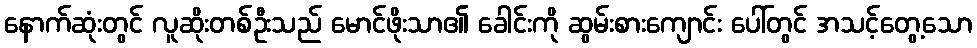
နောက်ဆုံးတွင် လူဆိုးတစ်ဦးသည် မောင်ဖိုးသာ၏ ခေါင်းကို ဆွမ်းစားကျောင်း ပေါ်တွင် အသင့်တွေ့သော